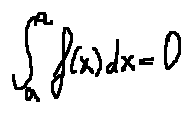
\int \limits _ { a } ^ { a } f ( x ) d x = 0